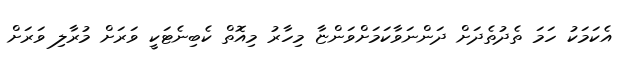
އެކަމަކު ހަމަ ތެދުތެދަށް ދަންނަވާކަމަށްވަންޏާ މިހާރު މިއޮތް ކެބިނެޓަކީ ވަރަށް މުރާލި ވަރަށް